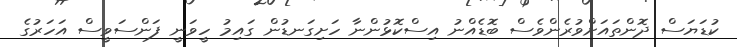
ކުޑަޔަސް ދޮންތައަށްވުރެންވެސް ބޮޑެއްނު އިސްކޮޅުންނާ ހަށިގަނޑުން ގައިމު ހީވަނީ ފަންސަވީސް އަހަރުގެ